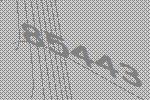
85443